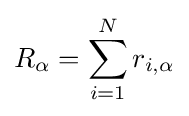
R_{\alpha }=\sum _{i=1}^{N}r_{i,\alpha }